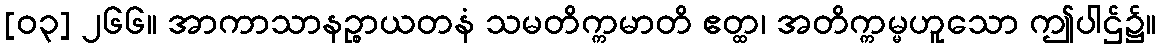
[၀၃] ၂၆၆။ အာကာသာနဉ္စာယတနံ သမတိက္ကမာတိ ဧတ္ထ၊ အတိက္ကမ္မဟူသော ဤပါဌ်၌။